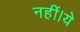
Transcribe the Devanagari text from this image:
नहीं।ये